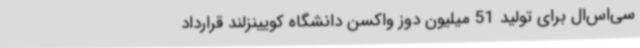
سی‌اس‌ال برای تولید 51 میلیون دوز واکسن دانشگاه کویینزلند قرارداد